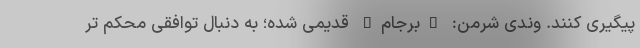
پیگیری کنند. وندی شرمن: "برجام" قدیمی شده؛ به دنبال توافقی محکم تر